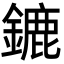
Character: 鏕